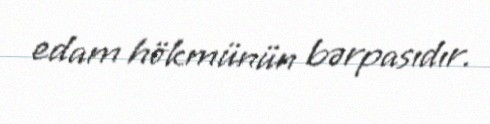
edam hökmünün bərpasıdır.